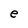
Character: e